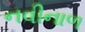
નવીનાળ